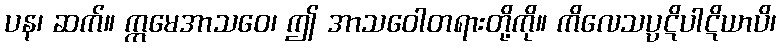
ပန၊ ဆက်။ ဣမေအာသဝေ၊ ဤ အာသဝေါတရားတို့ကို။ ကိလေသပ္ပဋိပါဋိယာပိ၊